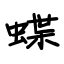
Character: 蝶